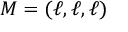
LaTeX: M = ( \ell , \ell , \ell )